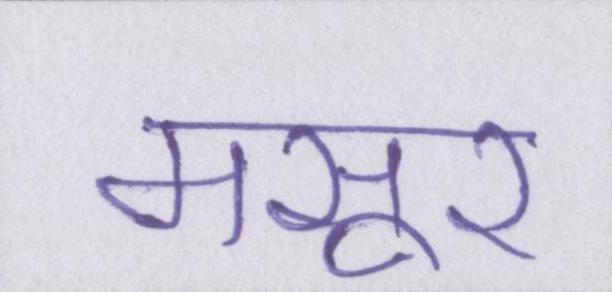
मसूर